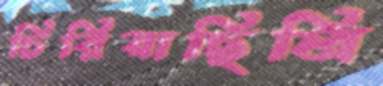
চিরিয়াছিলি